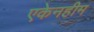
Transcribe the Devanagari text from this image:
एकेनहीम